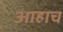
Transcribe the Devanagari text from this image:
आहाच